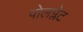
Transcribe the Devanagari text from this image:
पोलप्लेट